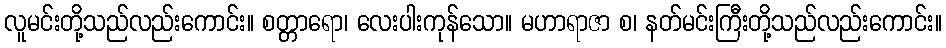
လူမင်းတို့သည်လည်းကောင်း။ စတ္တာရော၊ လေးပါးကုန်သော။ မဟာရာဇာ စ၊ နတ်မင်းကြီးတို့သည်လည်းကောင်း။